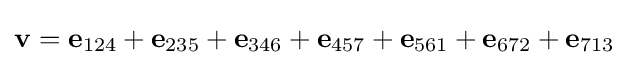
\mathbf {v} =\mathbf {e} _{124}+\mathbf {e} _{235}+\mathbf {e} _{346}+\mathbf {e} _{457}+\mathbf {e} _{561}+\mathbf {e} _{672}+\mathbf {e} _{713}